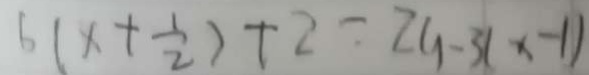
6 ( x + \frac { 1 } { 2 } ) + 2 = 2 9 - 3 ( x - 1 )